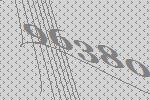
96380